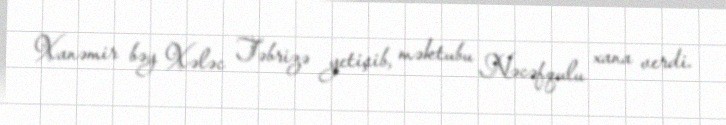
Xanəmir bəy Xələc Təbrizə yetişib, məktubu Nəcəfqulu xana verdi.